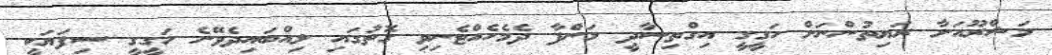
މަޝްރޫއަށާ ރަޔިތުންނަށް ހަގީގީ އިގްތިސާދީ މަންފާ ދެމެހެއްޓެނިވި ގޮތުގައި ލިއްބައިދެވޭނެ ހަގީގީ ސިފަޔަކީ